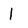
Character: l